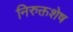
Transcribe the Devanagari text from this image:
निरुक्तशेष